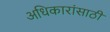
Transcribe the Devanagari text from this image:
अधिकारांसाठी